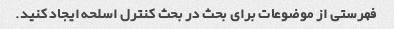
فهرستی از موضوعات برای بحث در بحث کنترل اسلحه ایجاد کنید.